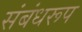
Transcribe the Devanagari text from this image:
संबंधरूप